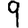
Digit: 9